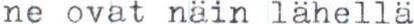
ne ovat näin lähellä